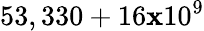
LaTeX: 53,330+16\mathbf{x}10^{9}